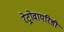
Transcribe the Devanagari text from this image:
रेट्रोवायरिडी